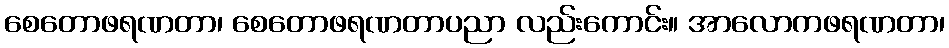
စေတောဖရဏတာ၊ စေတောဖရဏတာပညာ လည်းကောင်း။ အာလောကဖရဏတာ၊